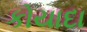
કોયાદા